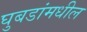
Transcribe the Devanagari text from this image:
घुबडांमधील